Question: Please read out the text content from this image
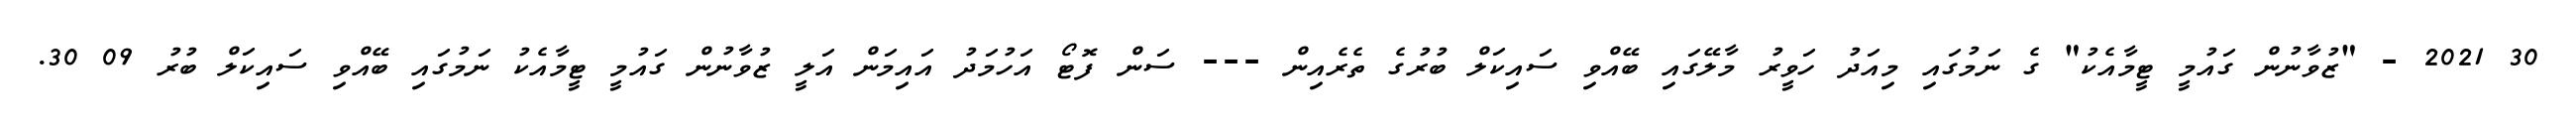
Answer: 30 2021 - "ޒުވާނުން ގައުމީ ޓީމާއެކު" ގެ ނަމުގައި މިއަދު ހަވީރު މާލޭގައި ބޭއްވި ސައިކަލް ބުރުގެ ތެރެއިން --- ސަން ފޮޓޯ އަހުމަދު އައިމަން އަލީ ޒުވާނުން ގައުމީ ޓީމާއެކު ނަމުގައި ބޭއްވި ސައިކަލް ބުރު 09 30.